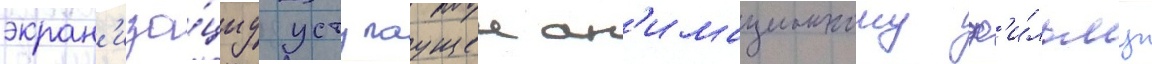
экран'иза́циу уступаущеи ан'имационному ф'и́льму